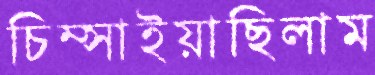
চিম্‌সাইয়াছিলাম